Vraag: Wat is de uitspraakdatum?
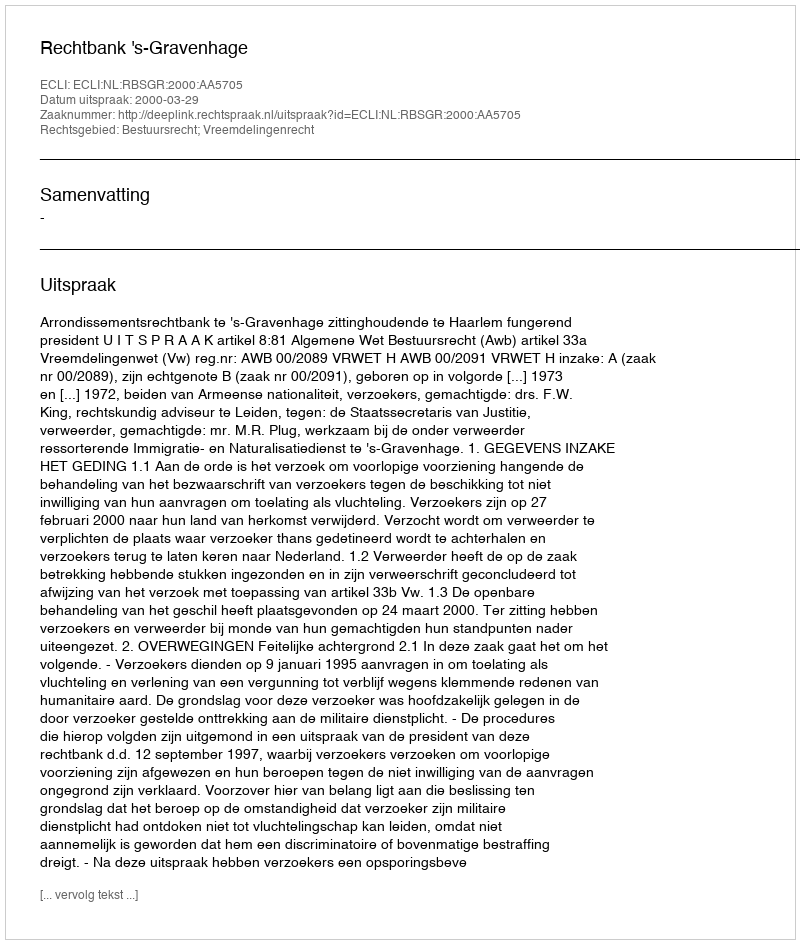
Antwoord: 2000-03-29